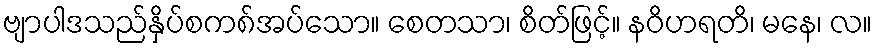
ဗျာပါဒသည်နှိပ်စက၈်အပ်သော။ စေတသာ၊ စိတ်ဖြင့်။ နဝိဟရတိ၊ မနေ၊ လ။